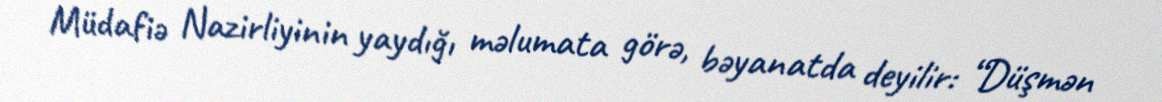
Müdafiə Nazirliyinin yaydığı məlumata görə, bəyanatda deyilir: “Düşmən